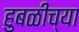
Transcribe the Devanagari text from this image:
हुबळीच्या